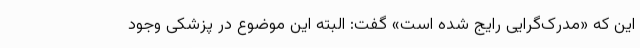
این که «مدرک‌گرایی رایج شده است» گفت: البته این موضوع در پزشکی وجود